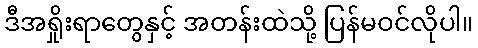
ဒီအရှိုးရာတွေနှင့် အတန်းထဲသို့ ပြန်မဝင်လိုပါ။